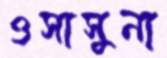
ওসাসুনা